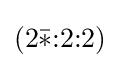
(2{\bar {*}}{:}2{:}2)